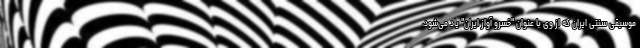
موسیقی سنتی ایران که از وی با عنوان "خسرو آواز ایران" یاد می‌شود،